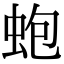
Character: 蚫